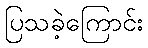
ပြသခဲ့ကြောင်း